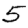
Digit: 5